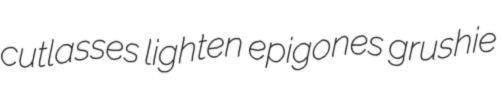
cutlasses lighten epigones grushie